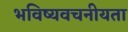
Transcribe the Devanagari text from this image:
भविष्‍यवचनीयता